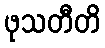
ဖုသတီတိ